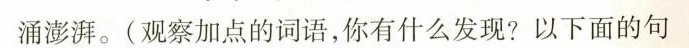
涌澎湃。(观察加点的词语，你有什么发现?以下面的句